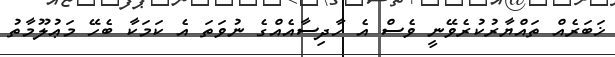
ޚަބަރެއް ތައްޔާރުކުރެވޭނީ ވެސް އެ ހާދިސާއެއްގެ ނުވަތަ އެ ކަމަކާ ބެހޭ މަޢުލޫމާތު